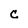
Character: C